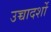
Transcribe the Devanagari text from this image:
उच्चादर्शो